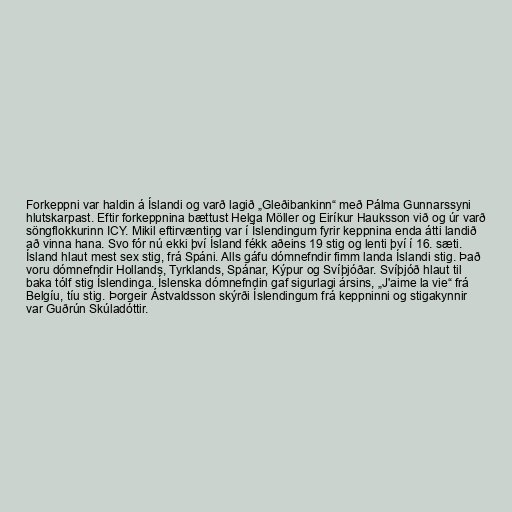
Forkeppni var haldin á Íslandi og varð lagið „Gleðibankinn“ með Pálma Gunnarssyni
hlutskarpast. Eftir forkeppnina bættust Helga Möller og Eiríkur Hauksson við og úr varð
söngflokkurinn ICY. Mikil eftirvænting var í Íslendingum fyrir keppnina enda átti landið
að vinna hana. Svo fór nú ekki því Ísland fékk aðeins 19 stig og lenti því í 16. sæti.
Ísland hlaut mest sex stig, frá Spáni. Alls gáfu dómnefndir fimm landa Íslandi stig. Það
voru dómnefndir Hollands, Tyrklands, Spánar, Kýpur og Svíþjóðar. Svíþjóð hlaut til
baka tólf stig Íslendinga. Íslenska dómnefndin gaf sigurlagi ársins, „J'aime la vie“ frá
Belgíu, tíu stig. Þorgeir Ástvaldsson skýrði Íslendingum frá keppninni og stigakynnir
var Guðrún Skúladóttir.